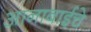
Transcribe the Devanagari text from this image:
आनाबाईचे